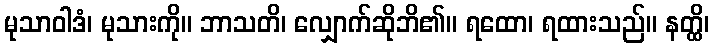
မုသာဝါဒံ၊ မုသားကို။ ဘာသတိ၊ လျှောက်ဆိုဘိ၏။ ရထော၊ ရထားသည်။ နတ္ထိ၊